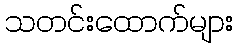
သတင်းထောက်များ